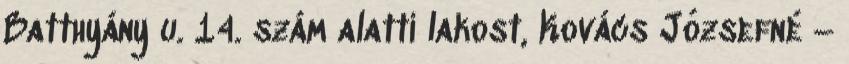
Batthyány u. 14. szám alatti lakost, Kovács Józsefné –